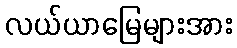
လယ်ယာမြေများအား